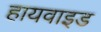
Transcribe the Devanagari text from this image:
हायवाइड